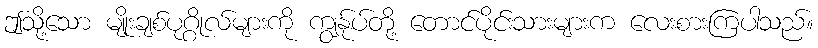
ဤသို့သော မျိုးချစ်ပုဂ္ဂိုလ်များကို ကျွန်ုပ်တို့ တောင်ပိုင်းသားများက လေးစားကြပါသည်။